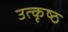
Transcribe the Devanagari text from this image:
उत्‍कृष्‍ठ